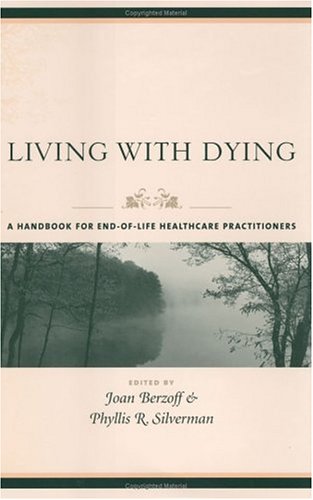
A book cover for Living with Dying; Joan Berzoff; Self-Help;